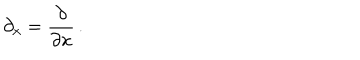
\: \partial _ { x } = \frac { \partial } { \partial x } \, . \: